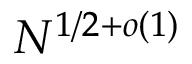
N ^ { 1 / 2 + o ( 1 ) }